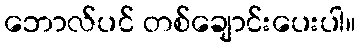
ဘောလ်ပင် တစ်ချောင်းပေးပါ။